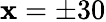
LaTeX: \mathbf{x}=\pm30